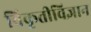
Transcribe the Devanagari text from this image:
विकृतीविज्ञान